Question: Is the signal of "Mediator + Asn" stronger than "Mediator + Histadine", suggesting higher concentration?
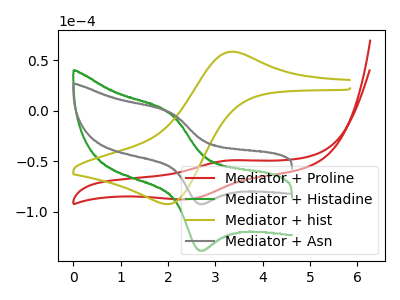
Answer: <think>The red curve "Mediator + Proline" has an anodic peak at (3.30V, -49.30uA) and a cathodic peak at (2.40V, -87.85uA). The green curve "Mediator + Histadine" has an anodic peak at (2.05V, -2.25uA) and a cathodic peak at (2.65V, -138.20uA). The olive curve "Mediator + hist" has an anodic peak at (3.30V, 58.25uA) and a cathodic peak at (2.00V, -92.70uA). The gray curve "Mediator + Asn" has an anodic peak at (2.05V, -1.50uA) and a cathodic peak at (2.65V, -92.25uA).
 All the peaks in "Mediator + Asn" have a peak in "Mediator + Histadine" at the same potential.</think>
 <answer>I cant tell if "Mediator + Asn" or "Mediator + Histadine" has higher concentration.</answer>
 <eval>mixed_concentration</eval>